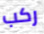
ركب